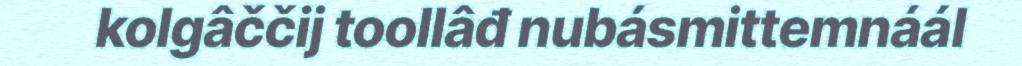
kolgâččij toollâđ nubásmittemnáál